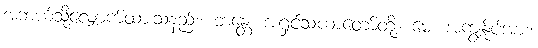
အဘယ်သို့လျှောက်ထားသနည်း။ ဘန္တေ၊ အရှင်သံဃာတော်တို့။ မေ၊ အကျွန်ုပ်အား။